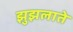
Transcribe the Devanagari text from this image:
झुझलाते